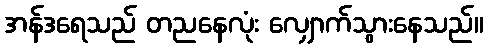
အန်ဒရေသည် တညနေလုံး လျှောက်သွားနေသည်။